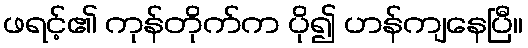
ဖရင့်၏ ကုန်တိုက်က ပို၍ ဟန်ကျနေပြီ။